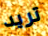
تريد